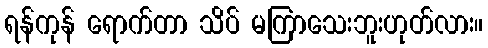
ရန်ကုန် ရောက်တာ သိပ် မကြာသေးဘူးဟုတ်လား။